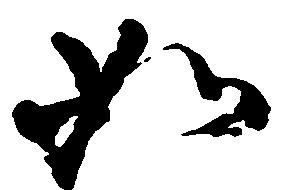
如